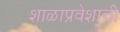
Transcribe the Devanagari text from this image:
शाळाप्रवेशाची